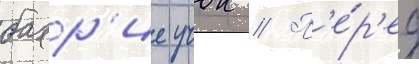
бахр'ие учок // П'е́р'ед